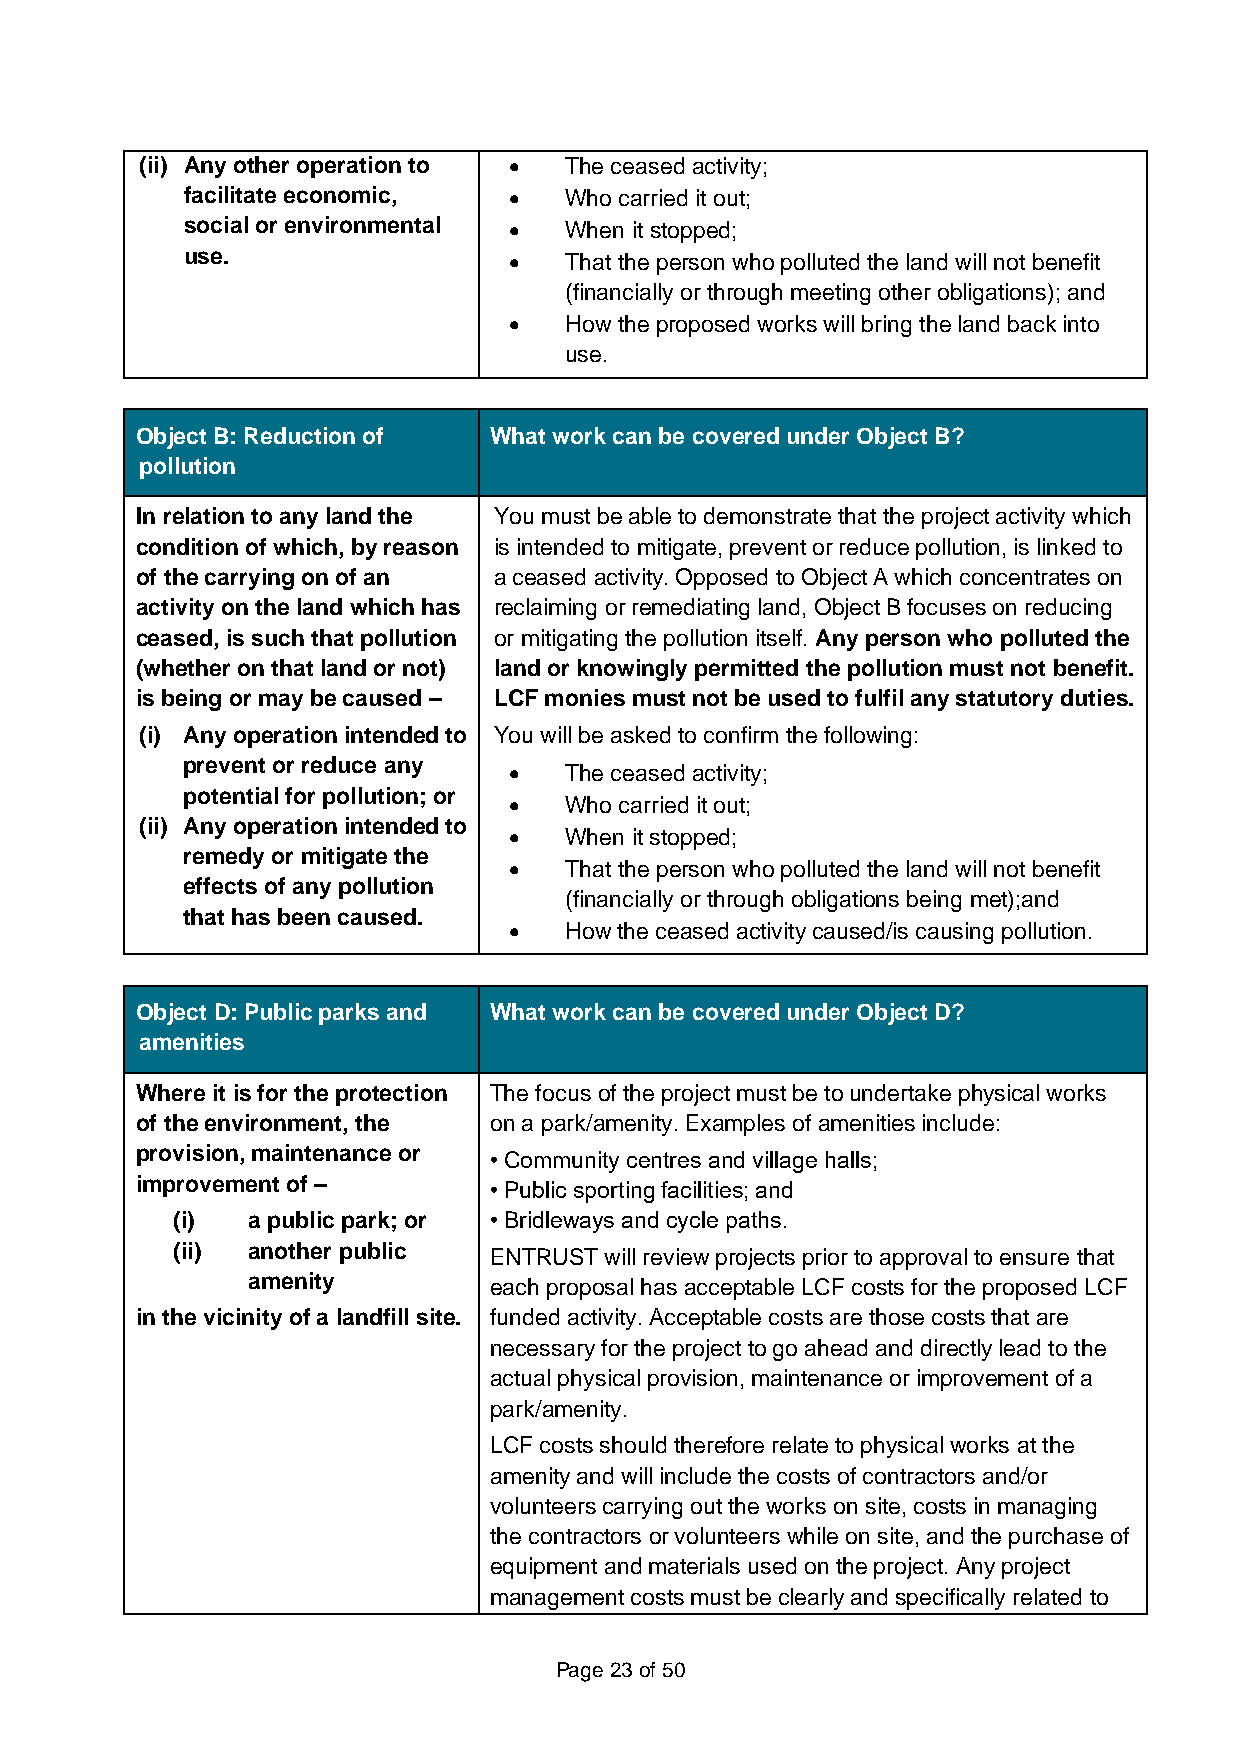
(ii) Any other operation to • The ceased activity;
 facilitate economic,  •  Who carried it out;
 social or environmental • When it stopped;
 use.                  •  That the person who polluted the land will not benefit
 (financially or through meeting other obligations); and
 •  How the proposed works will bring the land back into
 use.
 Object B: Reduction of What work can be covered under Object B?
 pollution
 In relation to any land the You must be able to demonstrate that the project activity which
 condition of which, by reason is intended to mitigate, prevent or reduce pollution, is linked to
 of the carrying on of an a ceased activity. Opposed to Object A which concentrates on
 activity on the land which has reclaiming or remediating land, Object B focuses on reducing
 ceased, is such that pollution or mitigating the pollution itself. Any person who polluted the
 (whether on that land or not) land or knowingly permitted the pollution must not benefit.
 is being or may be caused – LCF monies must not be used to fulfil any statutory duties.
 (i) Any operation intended to You will be asked to confirm the following:
 prevent or reduce any
 •  The ceased activity;
 potential for pollution; or
 •  Who carried it out;
 (ii) Any operation intended to
 •  When it stopped;
 remedy or mitigate the
 •  That the person who polluted the land will not benefit
 effects of any pollution
 (financially or through obligations being met);and
 that has been caused.
 •  How the ceased activity caused/is causing pollution.
 Object D: Public parks and What work can be covered under Object D?
 amenities
 Where it is for the protection The focus of the project must be to undertake physical works
 of the environment, the on a park/amenity. Examples of amenities include:
 provision, maintenance or • Community centres and village halls;
 improvement of –       • Public sporting facilities; and
 (i)  a public park; or • Bridleways and cycle paths.
 (ii) another public  ENTRUST will review projects prior to approval to ensure that
 amenity         each proposal has acceptable LCF costs for the proposed LCF
 in the vicinity of a landfill site. funded activity. Acceptable costs are those costs that are
 necessary for the project to go ahead and directly lead to the
 actual physical provision, maintenance or improvement of a
 park/amenity.
 LCF costs should therefore relate to physical works at the
 amenity and will include the costs of contractors and/or
 volunteers carrying out the works on site, costs in managing
 the contractors or volunteers while on site, and the purchase of
 equipment and materials used on the project. Any project
 management costs must be clearly and specifically related to
 Page 23 of 50